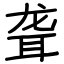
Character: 聋